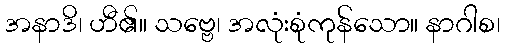
အနာဒိ၊ ဟီ၏။ သဗ္ဗေ၊ အလုံးစုံကုန်သော။ နာဂါစ၊